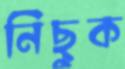
নিছুক